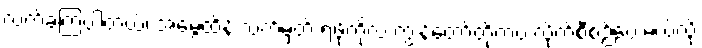
လက်ခံကြပါတယ်၊ အမွေထိန်းလက်မှတ် ရဖို့ကိုလဲ ကျွန်တော်တို့ကပဲ လိုက်စီစဉ်ပေးမယ်လို့